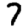
Digit: 7